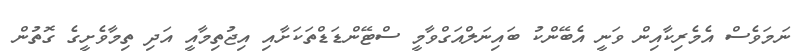
ނަމަވެސް އެމެރިކާއިން ވަނީ އެބޭންކު ބައިނަލްއަގްވާމީ ސްޓޭންޑަޑްތަކަށާއި އިޖުތިމާއީ އަދި ތިމާވެށީގެ ގޮތުން